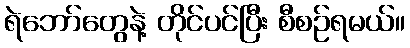
ရဲဘော်တွေနဲ့ တိုင်ပင်ပြီး စီစဉ်ရမယ်။